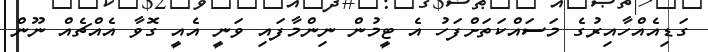
ގަޑިއެއްހާއިރުގެ މަސައްކަތަށްފަހު އެ ޓީމުން ނިންމާފައި ވަނީ އެއީ ގޮވާ އެއްޗެއް ނޫން